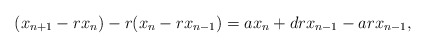
\begin{align*}(x_{n+1}-rx_n) -r(x_n-rx_{n-1})=ax_n+drx_{n-1}-arx_{n-1},\end{align*}